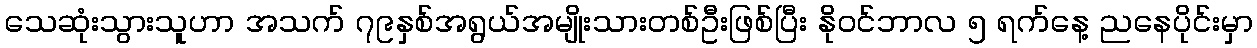
သေဆုံးသွားသူဟာ အသက် ၇၉နှစ်အရွယ်အမျိုးသားတစ်ဦးဖြစ်ပြီး နိုဝင်ဘာလ ၅ ရက်နေ့ ညနေပိုင်းမှာ